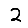
Digit: 2